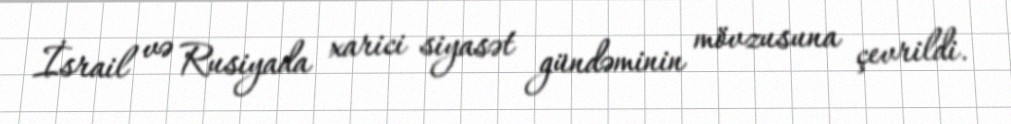
İsrail və Rusiyada xarici siyasət gündəminin mövzusuna çevrildi.